Report by Surgeon-Major Lyons, I.M.S., President of the Plague Research Committee - Part I
Disease focus: Plague
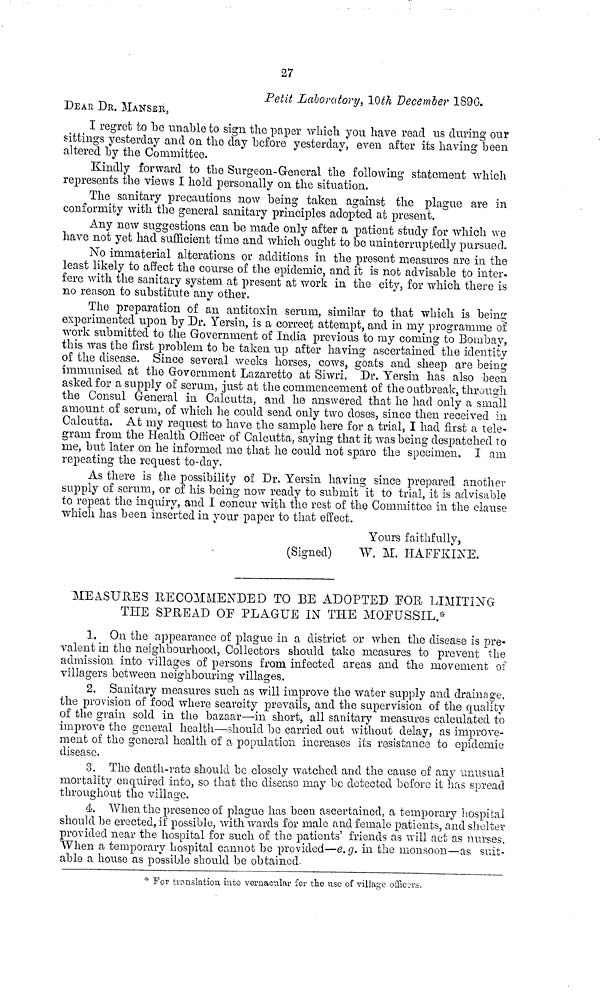
27
Petit Laboratory, 10th December 1896.
DEAR DR. MANSER,
I regret to be unable to sign the paper which you have read us during our
sittings yesterday and on the day before yesterday, even after its having been
altered by the Committee.
Kindly forward to the Surgeon-General the following statement which
represents the views I hold personally on the situation.
The sanitary precautions now being taken against the plague are in
conformity with the general sanitary principles adopted at present.
Any new suggestions can be made only after a patient study for which we
have not yet had sufficient time and which ought to be uninterruptedly pursued.
No immaterial alterations or additions in the present measures are in the
least likely to affect the course of the epidemic, and it is not advisable to inter-
fere with the sanitary system at present at work in the city, for which there is
no reason to substitute any other.
The preparation of an antitoxin serum, similar to that which is being
experimented upon by Dr. Yersin, is a correct attempt, and in my programme of
work submitted to the Government of India previous to my coming to Bombay,
this was the first problem to be taken up after having ascertained the identity
of the disease. Since several weeks horses, cows, goats and sheep are being
immunised at the Government Lazaretto at Siwri. Dr. Yersin has also been
asked for a supply of serum, just at the commencement of the outbreak, through
the Consul General in Calcutta, and he answered that he had only a small
amount of serum, of which he could send only two doses, since then received in
Calcutta. At my request to have the sample here for a trial, I had first a tele-
gram from the Health Officer of Calcutta, saying that it was being despatched to
me, but later on he informed me that he could not spare the specimen. I am
repeating the request to-day.
As there is the possibility of Dr. Yersin having since prepared another
supply of serum, or of his being now ready to submit it to trial, it is advisable
to repeat the inquiry, and I concur with the rest of the Committee in the clause
which has been inserted in your paper to that effect.
Yours faithfully,
(Signed) W. M. HAFFKINE.
MEASURES RECOMMENDED TO BE ADOPTED FOR LIMITING
THE SPREAD OF PLAGUE IN THE MOEUSSIL.*
1. On the appearance of plague in a district or when the disease is pre-
valent in the neighbourhood, Collectors should take measures to prevent the
admission into villages of persons from infected areas and the movement of
villagers between neighbouring villages.
2. Sanitary measures such as will improve the water supply and drainage,
the provision of food where scarcity prevails, and the supervision of the quality
of the grain sold in the bazaar—in short, all sanitary measures calculated to
improve the general health—should be carried out without delay, as improve-
ment of the general health of a population increases its resistance to epidemic
disease.
3. The death-rate should be closely watched and the cause of any unusual
mortality enquired into, so that the disease may be detected before it has spread
throughout the village.
4 When the presence of plague has been ascertained, a temporary hospital
should be erected, if possible, with wards for male and female patients, and shelter
provided near the hospital for such of the patients' friends as will act as nurses.
"When a temporary hospital cannot bo provided—e. g. in the monsoon—as suit-
able a house as possible should be obtained.
* For tionslation into vernacular for the use of village officers.